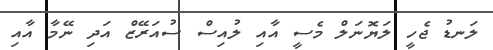
ލަނޑު ޖެހީ ލަޔޮނަލް މެސީ އާއި ލުއިސް ސުއަރޭޒް އަދި ނޭމާ އާއި